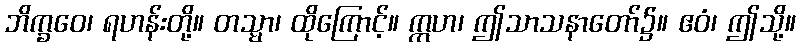
ဘိက္ခဝေ၊ ရဟန်းတို့။ တသ္မာ၊ ထိုကြောင့်။ ဣဟ၊ ဤသာသနာတော်၌။ ဧဝံ၊ ဤသို့။